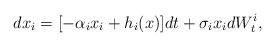
LaTeX: \begin{align*}dx_i=[-\alpha_ix_i+h_i(x)]dt+\sigma_ix_idW_t^i,\end{align*}